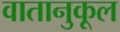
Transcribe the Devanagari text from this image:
वातानुकूल